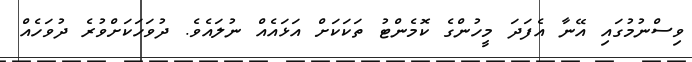
ވިސްނުމުގައި އޭނާ އެފަދަ މީހުންގެ ކޮމެންޓު ތަކަކަށް އަޅައެއް ނުލައެވެ. ދުވަހަކަށްވުރެ ދުވަހެއް